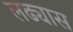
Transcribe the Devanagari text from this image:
लढ्यास